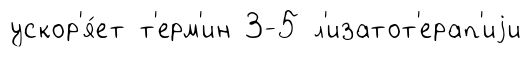
ускор'я́ет т'ерм'ин 3-5 л'изатот'ерап'иjи